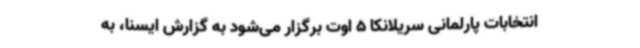
انتخابات پارلمانی سریلانکا 5 اوت برگزار می‌شود به گزارش ایسنا، به